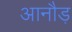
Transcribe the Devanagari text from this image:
आनौड़